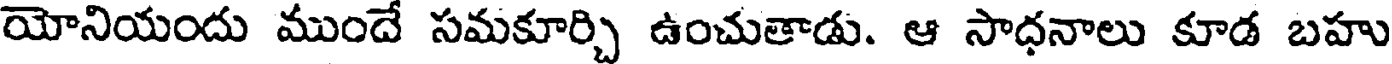
యోనియందు ముందే సమకూర్చి ఉంచుతాడు. ఆ సాధనాలు కూడ బహు